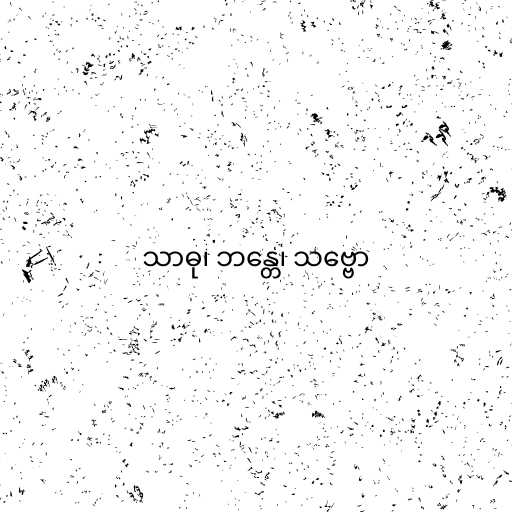
သာဓု၊ ဘန္တေ၊ သဗ္ဗော